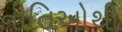
નીતિઓથી